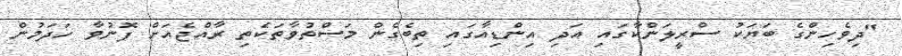
"ދިވެހިންގެ ބަޔަކު ސްރީލަންކާގައި އަދި އިންޑިއާގައި ތިބެގެން މަސްތުވާތަކެތި ރާއްޖެއަށް ފޮނުވާ ހަދަމުން